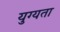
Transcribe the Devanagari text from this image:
युग्यता